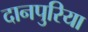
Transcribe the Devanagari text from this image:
दानपुरिया